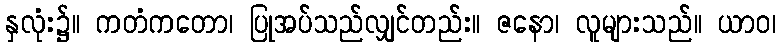
နှလုံး၌။ ကတံကတော၊ ပြုအပ်သည်လျှင်တည်း။ ဇနော၊ လူများသည်။ ယာဝ၊